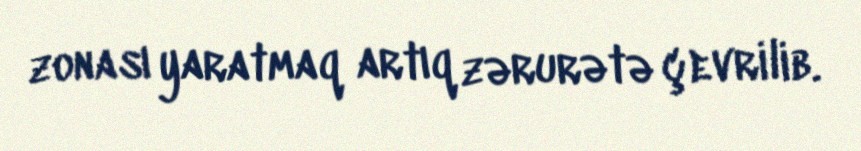
zonası yaratmaq artıq zərurətə çevrilib.